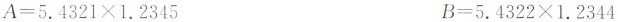
$$A=5.4321\times 1.2345$$ $$B=5.4322\times 1.2344$$